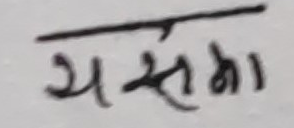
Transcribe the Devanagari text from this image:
यसमा